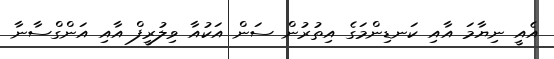
އެއީ ނިޔާމަ އާއި ކަނޑިންމަގެ އިތުރުން ސަން އަކުއާ ވިލުރީފް އާއި އަންގްސާނާ